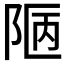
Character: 𨹟